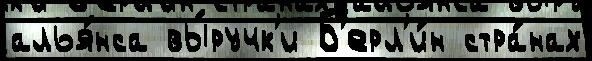
алья́нса вы́ручк'и Б'ерл'и́н стра́нах